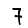
Digit: 7